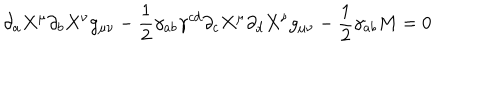
LaTeX: \partial _ { a } X ^ { \mu } \partial _ { b } X ^ { \nu } g _ { \mu \nu } - \frac { 1 } { 2 } \gamma _ { a b } \gamma ^ { c d } \partial _ { c } X ^ { \mu } \partial _ { d } X ^ { \nu } g _ { \mu \nu } - \frac { 1 } { 2 } \gamma _ { a b } M = 0